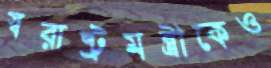
স্বরাষ্ট্রমন্ত্রীকেও